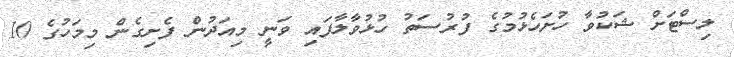
ލިސްޓަށް ޝަކުވާ ހުށަހެޅުމުގެ ފުރުސަތު ހުޅުވާލާފައި ވަނީ މިއަދުން ފެށިގެން މިމަހުގެ 10